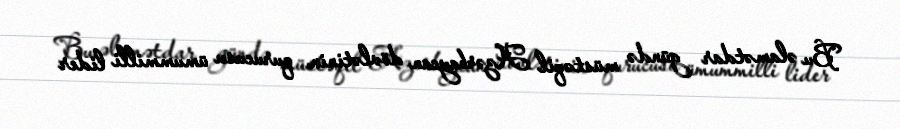
Bu əlamətdar gündə müstəqil Azərbaycan dövlətinin qurucusu ümummilli lider